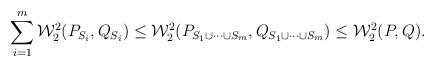
LaTeX: \begin{align*}\sum_{i=1}^m \mathcal{W}_2^2(P_{S_i},Q_{S_i}) \le \mathcal{W}_2^2(P_{S_1 \cup \cdots \cup S_m},Q_{S_1 \cup \cdots \cup S_m}) \le \mathcal{W}_2^2(P,Q).\end{align*}